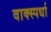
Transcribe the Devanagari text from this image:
वाक्स्पर्धा